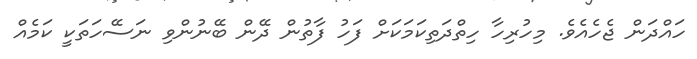
ހައްދަން ޖެހެއެވެ. މިހުރިހާ ހިތްދަތިކަމަކަށް ފަހު ފާތުން ދޭން ބޭނުންވި ނަސޭހަތަކީ ކަމެއް